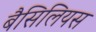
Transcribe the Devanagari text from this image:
बैसिलियस